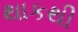
થાકથી